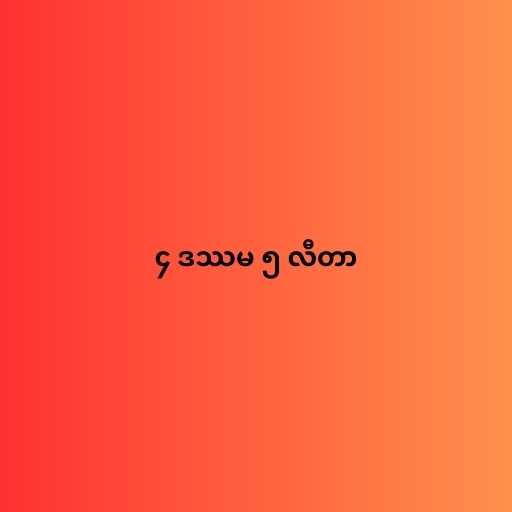
၄ ဒဿမ ၅ လီတာ